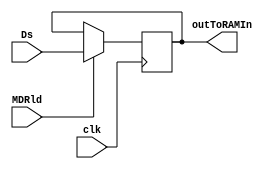
/* Module of MDR
   Programmed by: Lianne Snchez Rodrguez
   Phase 4 
   Professor: Nestor Rodrguez 
*/
module mdr(output reg [31:0] outToRAMIn, input [31:0] Ds, input MDRld, input clk);
	initial begin
	 	//outToRAMIn = 32'b00000000000000000000000000000000;
	end
	always @(posedge clk) 
		begin
			if (MDRld == 1)
				outToRAMIn = Ds;
		end
endmodule

// module mdrRegister; 
// 	// Inputs of ALU
	
// 	reg [31:0] in;
// 	reg MDRld;
// 	reg clk=0;
// 	//Outputs of ALU module
// 	wire [31:0] out;
// 	//test duration
// 	parameter stop_time = 10590;

// 	mdr mdr(out, in, MDRld, clk);
// 	initial #stop_time $finish;

// 	initial begin

// 	#10 in= 32'b1000; MDRld = 1;  
//  	#10 in= 32'b0011; //#30 MDRld=0;
//  	#30 in= 32'b1100; 
//  	#40 in= 32'b1111;

// 	end
// 		initial begin
// 		repeat (500) begin
// 			#5 clk = ~clk;
// 		end
// 	end
// 	initial begin
// 		$display ("\n\n\t\tInput\t\t\tOutput\t\t\tMDRld");
// 		$monitor ("%0d\t%b\t\t%b\t%b", $time,in, out, MDRld);
// 	end
	
//  endmodule